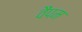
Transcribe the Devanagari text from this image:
वैंपम